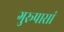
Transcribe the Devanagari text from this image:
गुरूपासां